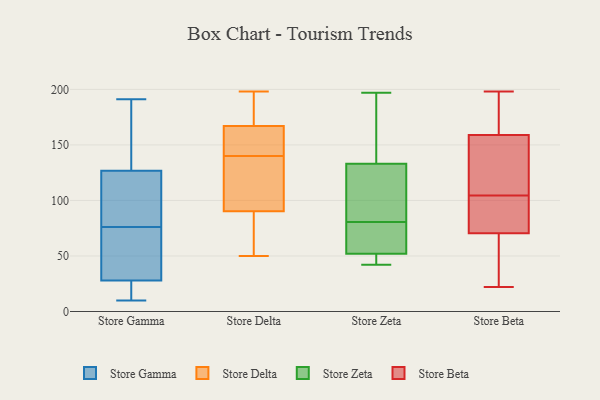
{"axis": {"x": "Budget (USD K)", "y": "Value"}, "legend": ["Store Beta", "Store Delta", "Store Gamma", "Store Zeta"], "data": [{"x": "", "y": 49, "type": "Store Gamma"}, {"x": "", "y": 10, "type": "Store Gamma"}, {"x": "", "y": 10, "type": "Store Gamma"}, {"x": "", "y": 76, "type": "Store Gamma"}, {"x": "", "y": 134, "type": "Store Gamma"}, {"x": "", "y": 85, "type": "Store Gamma"}, {"x": "", "y": 120, "type": "Store Gamma"}, {"x": "", "y": 191, "type": "Store Gamma"}, {"x": "", "y": 21, "type": "Store Gamma"}, {"x": "", "y": 129, "type": "Store Gamma"}, {"x": "", "y": 74, "type": "Store Gamma"}, {"x": "", "y": 130, "type": "Store Delta"}, {"x": "", "y": 172, "type": "Store Delta"}, {"x": "", "y": 65, "type": "Store Delta"}, {"x": "", "y": 155, "type": "Store Delta"}, {"x": "", "y": 171, "type": "Store Delta"}, {"x": "", "y": 106, "type": "Store Delta"}, {"x": "", "y": 85, "type": "Store Delta"}, {"x": "", "y": 152, "type": "Store Delta"}, {"x": "", "y": 146, "type": "Store Delta"}, {"x": "", "y": 53, "type": "Store Delta"}, {"x": "", "y": 140, "type": "Store Delta"}, {"x": "", "y": 50, "type": "Store Delta"}, {"x": "", "y": 127, "type": "Store Delta"}, {"x": "", "y": 198, "type": "Store Delta"}, {"x": "", "y": 177, "type": "Store Delta"}, {"x": "", "y": 49, "type": "Store Zeta"}, {"x": "", "y": 71, "type": "Store Zeta"}, {"x": "", "y": 116, "type": "Store Zeta"}, {"x": "", "y": 96, "type": "Store Zeta"}, {"x": "", "y": 42, "type": "Store Zeta"}, {"x": "", "y": 87, "type": "Store Zeta"}, {"x": "", "y": 52, "type": "Store Zeta"}, {"x": "", "y": 133, "type": "Store Zeta"}, {"x": "", "y": 50, "type": "Store Zeta"}, {"x": "", "y": 197, "type": "Store Zeta"}, {"x": "", "y": 190, "type": "Store Zeta"}, {"x": "", "y": 56, "type": "Store Zeta"}, {"x": "", "y": 153, "type": "Store Zeta"}, {"x": "", "y": 74, "type": "Store Zeta"}, {"x": "", "y": 137, "type": "Store Beta"}, {"x": "", "y": 22, "type": "Store Beta"}, {"x": "", "y": 114, "type": "Store Beta"}, {"x": "", "y": 198, "type": "Store Beta"}, {"x": "", "y": 148, "type": "Store Beta"}, {"x": "", "y": 39, "type": "Store Beta"}, {"x": "", "y": 75, "type": "Store Beta"}, {"x": "", "y": 95, "type": "Store Beta"}, {"x": "", "y": 66, "type": "Store Beta"}, {"x": "", "y": 170, "type": "Store Beta"}, {"x": "", "y": 185, "type": "Store Beta"}, {"x": "", "y": 79, "type": "Store Beta"}]}